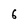
Character: 6